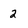
Character: 2